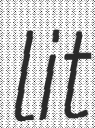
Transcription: lit